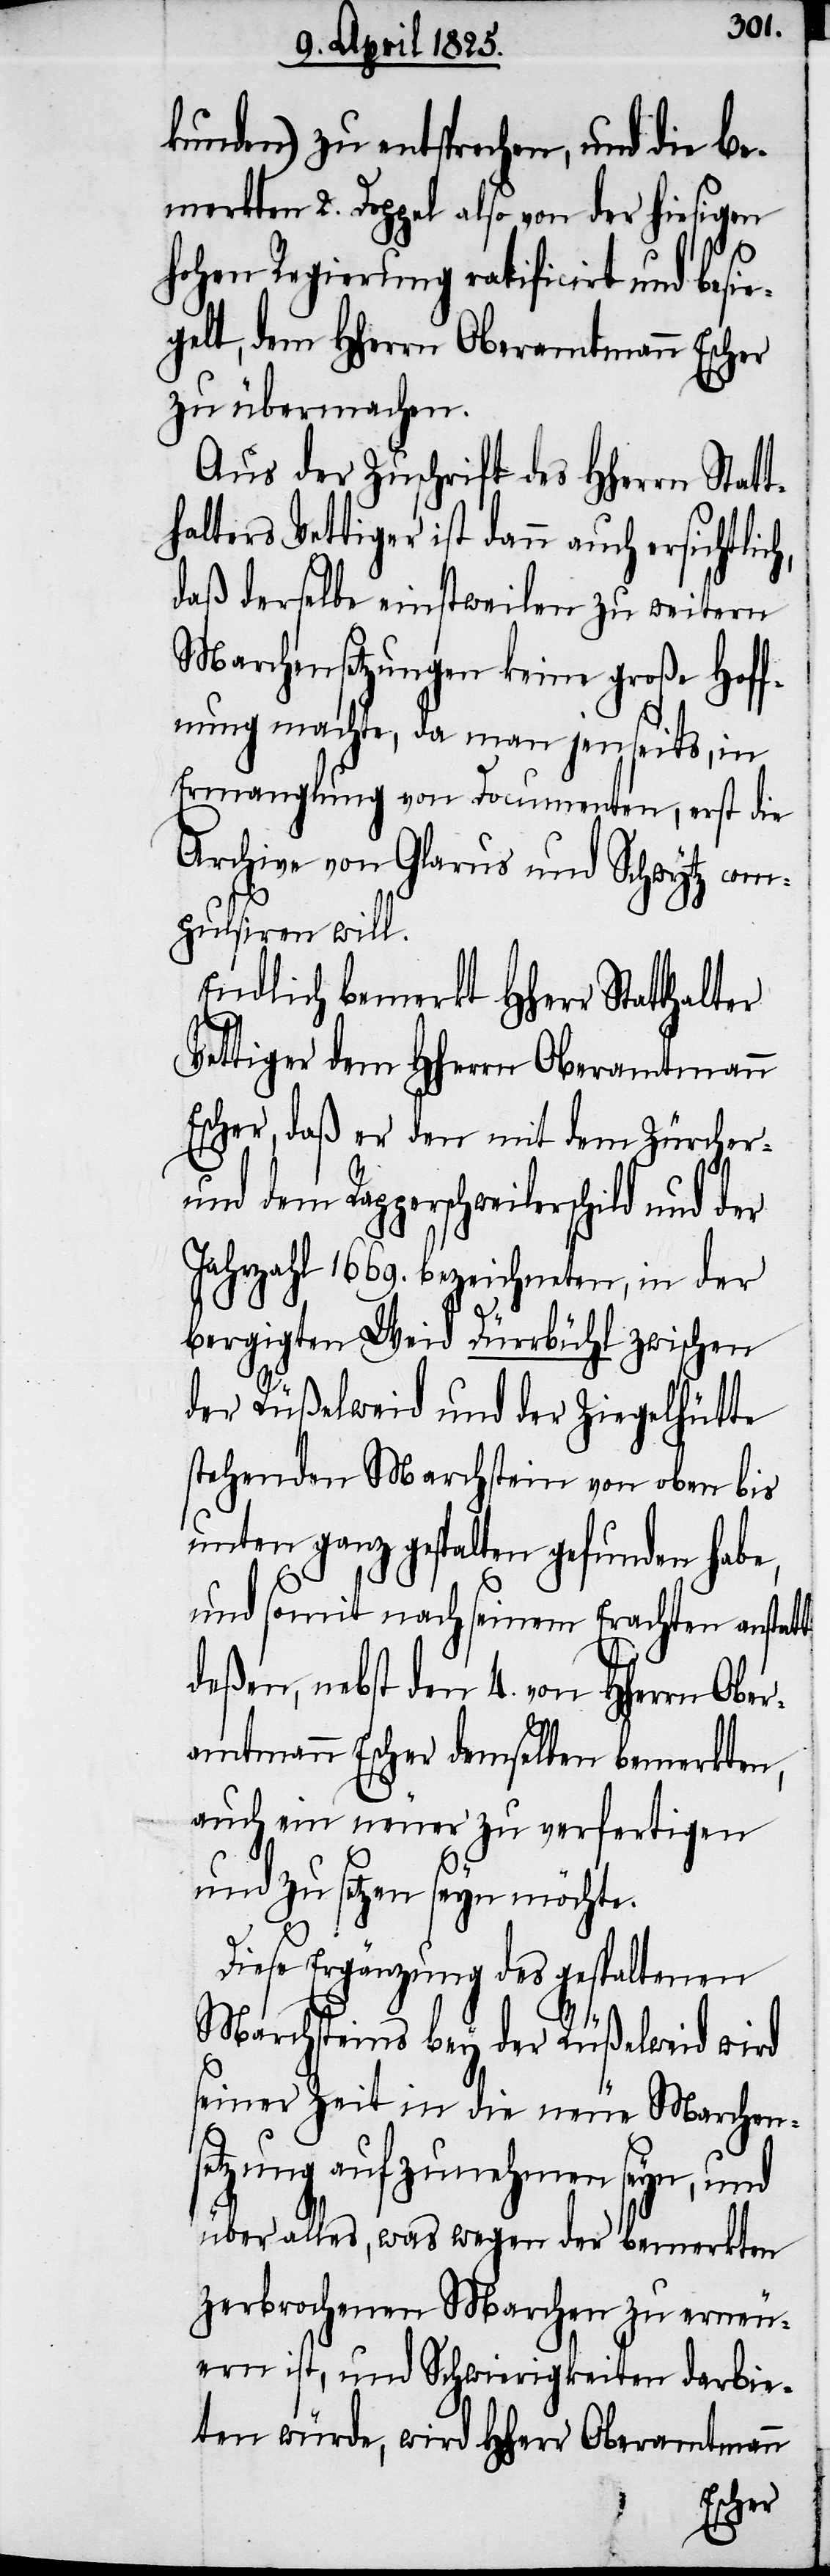
kunden) zu entsprechen, und die be¬
merkten 2. Doppel also von der hiesigen
hohen Regierung ratificirt und besi¬
egelt, dem Hherrn Oberamtmann Escher
zu übermachen.
Aus der Zuschrift des HHerrn Statt¬
halters Vettiger ist dann auch
daß derselbe einstweilen zu weitern
Marchensetzungen keine große Hoff¬
nung machte, da man jenseits, in
Ermanglung von Documenten, erst die
Archive von Glarus und Schwytz com¬
pulsiren will.
Endlich bemerkt HHerr Statthalter
Vettiger dem Hherrn Oberamtmann
r, daß er den mit dem Zürcher-
und dem Rapperschweilerschild und
Jahrzahl 1669. bezeichneten, in der
bergigten Weid Dürrbühl zwischen
der Rüßelweid und der Ziegelhütte
stehenden Marchstein von oben bis
unten ganz gespalten gefunden habe,
und somit nach seinem Erachten anstatt
deßen, nebst den 4. von Hherrn Ober¬
amtmann Escher demselben bemerkten,
auch ein neuer zu verfertigen
und zu setzen seyn möchte.
Diese Ergänzung des gespaltenen
Marchsteins bey der Rüßelweid wird
seiner Zeit in die neue Marchens¬
etzung aufzunehmen seyn, und
über alles, was wegen der bemerkten
zerbrochenen Marchen zu erneu¬
ern ist, und Schwierigkeiten darbie¬
ten würde, wird Hherr Oberamtmann
Esche¬